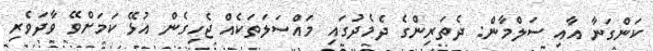
ކަންގަނާ އާއި ސަލްމާން: ދެތަރިންގެ ދެމެދުގައި މައްސަލަތަކެއް ޖެހިގެން އުޅޭ ކަމަށްވޭ ވާދަވެރި